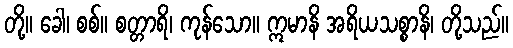
တို့။ ခေါ၊ စစ်။ စတ္တာရိ၊ ကုန်သော။ ဣမာနိ အရိယသစ္စာနိ၊ တို့သည်။